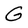
Character: G